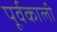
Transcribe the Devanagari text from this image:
पूर्वकाली